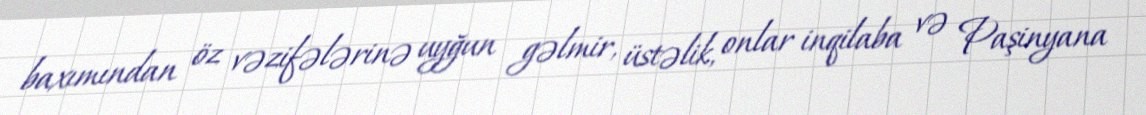
baxımından öz vəzifələrinə uyğun gəlmir, üstəlik, onlar inqilaba və Paşinyana